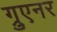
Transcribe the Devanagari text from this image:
ग्रुएनर